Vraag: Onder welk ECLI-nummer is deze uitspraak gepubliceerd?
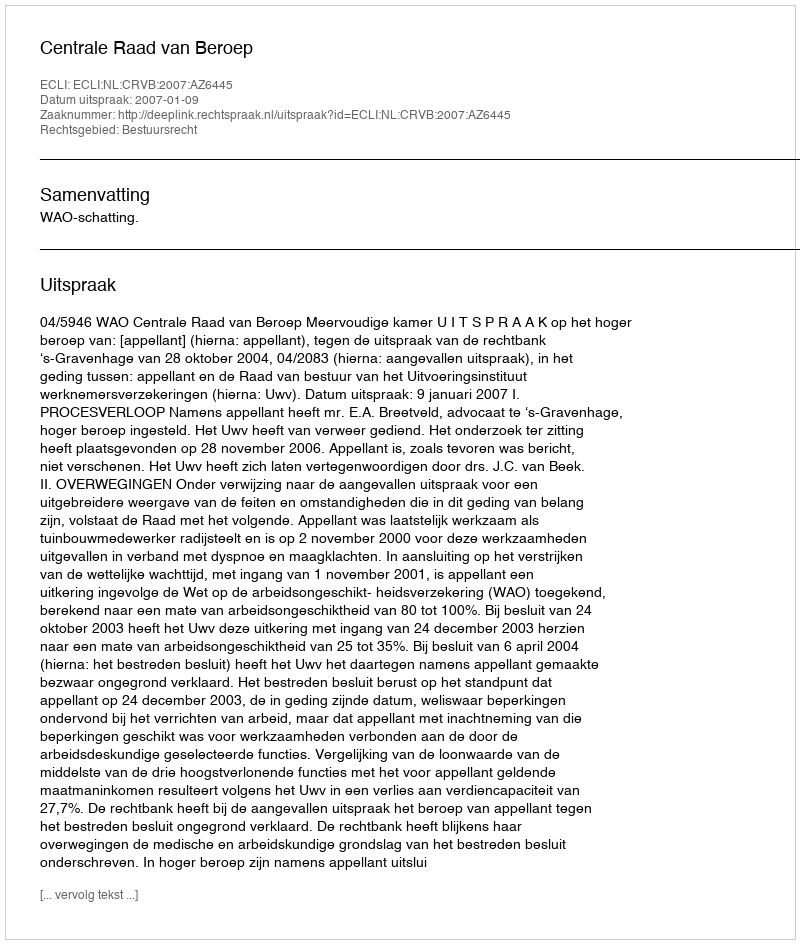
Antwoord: ECLI:NL:CRVB:2007:AZ6445